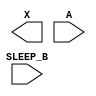
module sky130_fd_sc_lp__iso1n (
    X      ,
    A      ,
    SLEEP_B
);

    output X      ;
    input  A      ;
    input  SLEEP_B;

    // Voltage supply signals
    supply1 VPWR ;
    supply0 KAGND;
    supply1 VPB  ;
    supply0 VNB  ;

endmodule